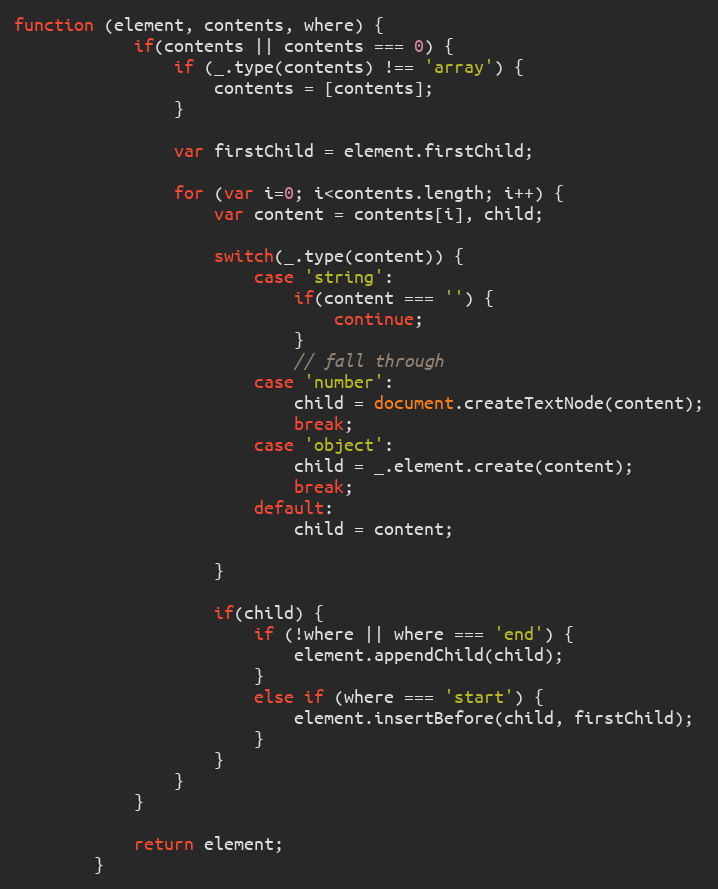
Language: JavaScript
function (element, contents, where) {
			if(contents || contents === 0) {
				if (_.type(contents) !== 'array') {
					contents = [contents];
				}

				var firstChild = element.firstChild;

				for (var i=0; i<contents.length; i++) {
					var content = contents[i], child;

					switch(_.type(content)) {
						case 'string':
							if(content === '') {
								continue;
							}
							// fall through
						case 'number':
							child = document.createTextNode(content);
							break;
						case 'object':
							child = _.element.create(content);
							break;
						default:
							child = content;

					}

					if(child) {
						if (!where || where === 'end') {
							element.appendChild(child);
						}
						else if (where === 'start') {
							element.insertBefore(child, firstChild);
						}
					}
				}
			}

			return element;
		}